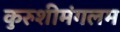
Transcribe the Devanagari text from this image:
कुरुशीमंगलम